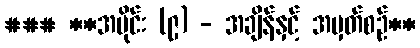
### **အပိုင်း (၉) - အချိန်နှင့် အမှတ်စဉ်**